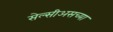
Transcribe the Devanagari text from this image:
सेल्सीअसच्या